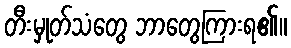
တီးမှုတ်သံတွေ ဘာတွေကြားရ၏။